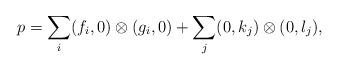
LaTeX: \begin{align*}p = \sum_{i} (f_i,0) \otimes (g_i,0) + \sum_j (0,k_j) \otimes (0,l_j),\end{align*}